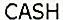
CASH